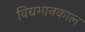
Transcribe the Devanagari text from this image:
विद्यमानकाल